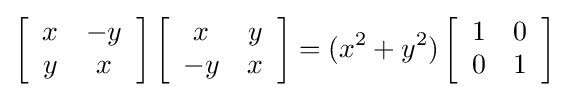
\left[{\begin{array}{cc}x&-y\\y&x\end{array}}\right]\left[{\begin{array}{cc}x&y\\-y&x\end{array}}\right]=(x^{2}+y^{2})\left[{\begin{array}{cc}1&0\\0&1\end{array}}\right]